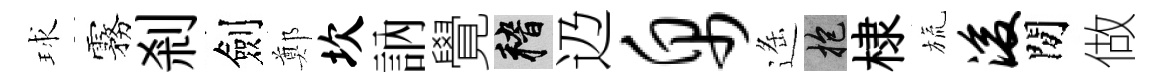
球霧剎劍鄭坎訥覺稽辸帛遥抱棣旒浚閒做